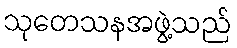
သုတေသနအဖွဲ့သည်